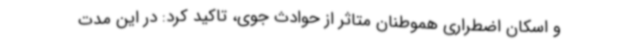
و اسکان اضطراری هموطنان متاثر از حوادث جوی، تاکید کرد: در این مدت